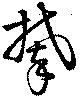
攀